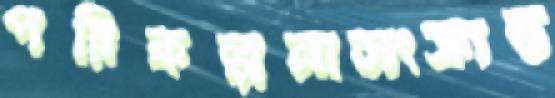
পরিকল্পনাসংক্রান্ত